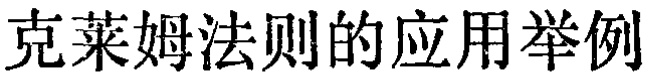
克莱姆法则的应用举例